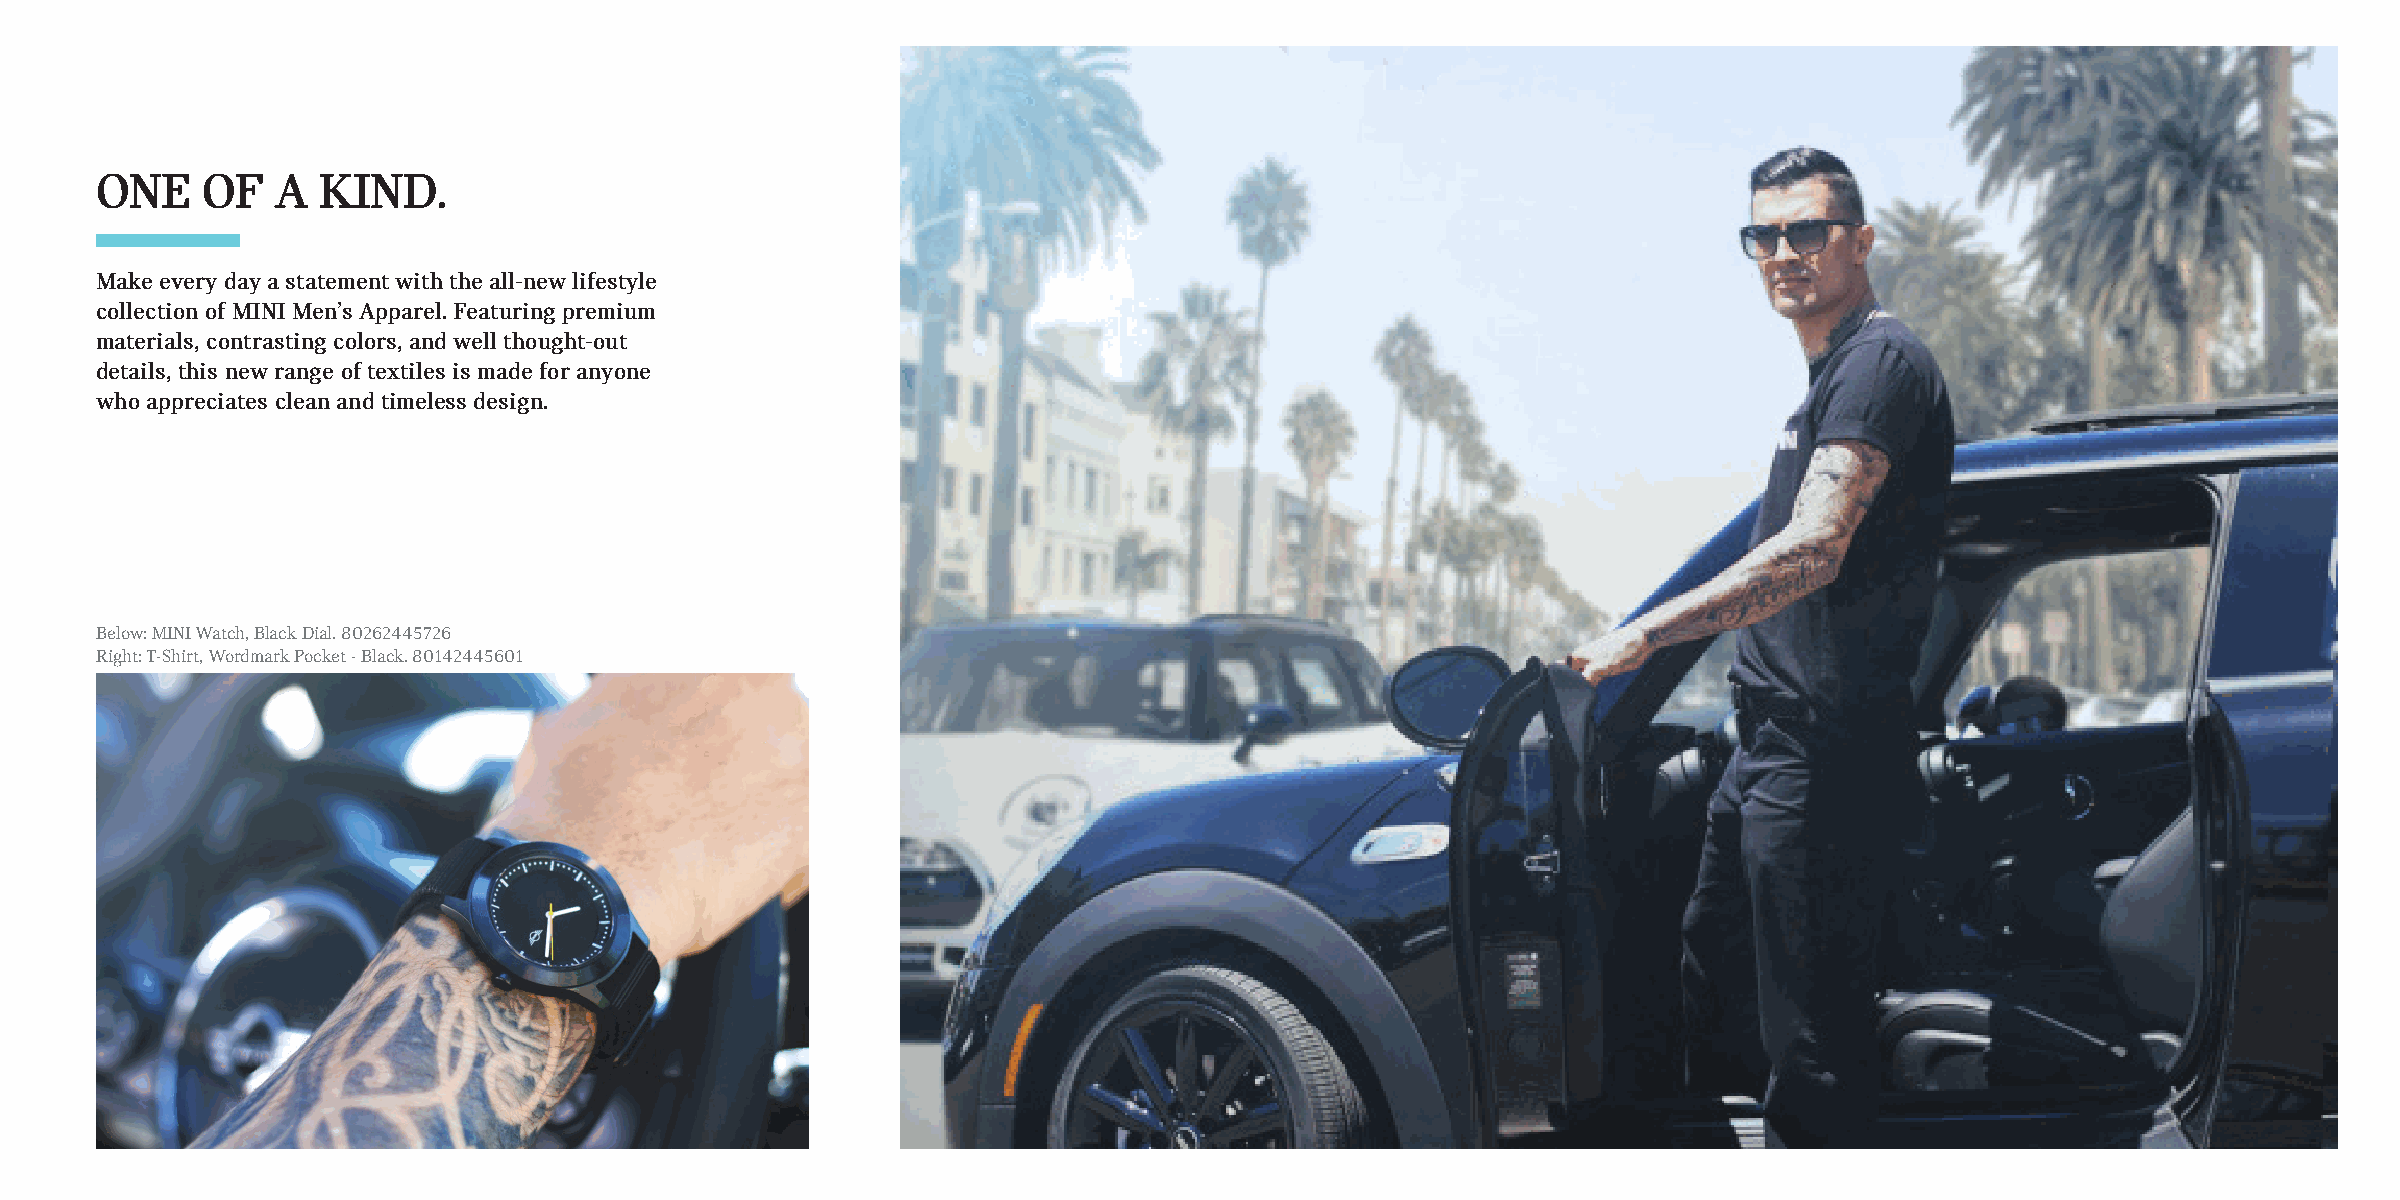
ONE    OF   A  KIND.
 Make every day a statement with the all-new lifestyle
 collection of MINI Men’s Apparel. Featuring premium
 materials, contrasting colors, and well thought-out
 details, this new range of textiles is made for anyone
 who appreciates clean and timeless design.
 Below: MINI Watch, Black Dial. 80262445726
 Right: T-Shirt, Wordmark Pocket - Black. 80142445601